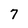
Character: 7